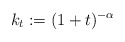
\begin{align*}k_{t}:=(1+t)^{-\alpha }\end{align*}